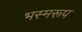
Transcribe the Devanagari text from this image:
भस्मरूप